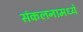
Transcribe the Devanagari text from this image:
संकलनामध्ये